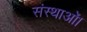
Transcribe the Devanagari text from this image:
संस्थाओं।